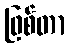
ဖြစ်တာ